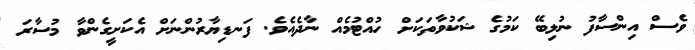
ވެސް އިންސާފު ނުލިބޭ ކަމުގެ ޝަކުވާތަކަށް ހުއްޓުމެއް ނާދެއެވެ. ފަނޑިޔާރުންނަށް އެކަށީގެންވާ މުސާރަ